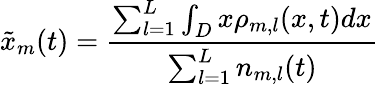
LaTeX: \tilde{x}_{m}(t)=\frac{\sum_{l=1}^{L}\int_{D}x\rho_{m,l}(x,t)dx}{\sum_{l=1}^{L}n_{m,l}(t)}